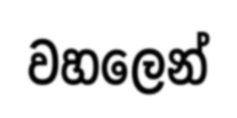
වහලෙන්